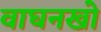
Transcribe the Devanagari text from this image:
वाघनखो